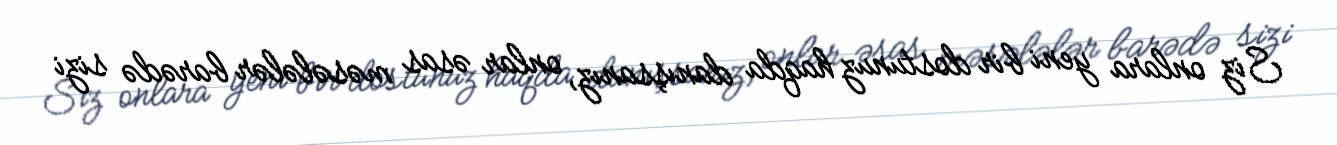
Siz onlara yeni bir dostunuz haqda danışsanız, onlar əsas məsələlər barədə sizi